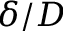
\delta / D